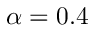
\alpha = 0 . 4